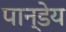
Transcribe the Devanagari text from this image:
पान्डेय